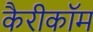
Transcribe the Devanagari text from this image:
कैरीकॉम